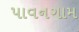
પાવનગામ